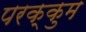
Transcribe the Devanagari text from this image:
परक्कुम